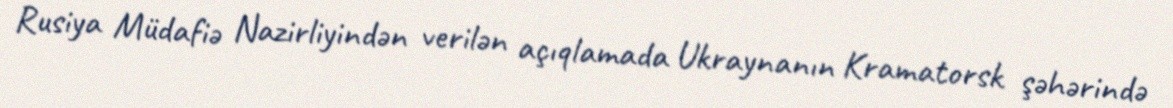
Rusiya Müdafiə Nazirliyindən verilən açıqlamada Ukraynanın Kramatorsk şəhərində